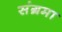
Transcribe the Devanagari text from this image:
संग्रमा